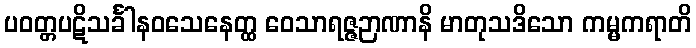
ပဝတ္တပဋိသင်္ခါနဝသေနေတ္ထ ဝေသာရဇ္ဇဉာဏာနိ မာတုသဒိသော ကမ္မကရာတိ